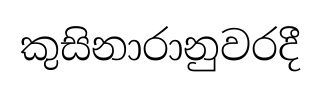
කුසිනාරානුවරදී